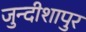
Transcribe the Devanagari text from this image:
जुन्दीशापुर